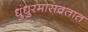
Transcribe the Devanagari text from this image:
धुंधुरमासव्रतात